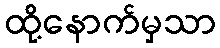
ထို့နောက်မှသာ